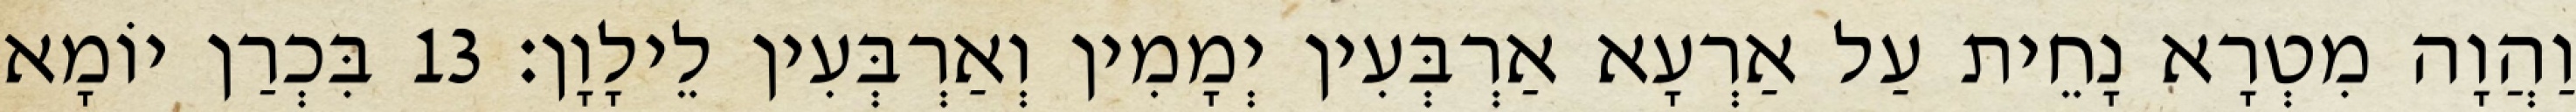
וַהֲוָה מִטְרָא נָחֵית עַל אַרְעָא אַרְבְּעִין יְמָמִין וְאַרְבְּעִין לֵילָוָן׃ 13 בִּכְרַן יוֹמָא